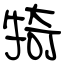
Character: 犄